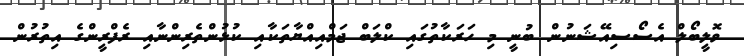
ވޮލީބޯލް އެސޯސިއޭޝަނުން ބުނީ މި ހަރަކާތުގައި ކްލަބް ޖަމްއިއްޔާތަކާއި ކުޅުންތެރިންނާއި ރެފްރީންގެ އިތުރުން